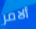
ألامر